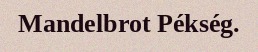
Mandelbrot Pékség.